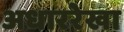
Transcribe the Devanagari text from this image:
अधाररेखा